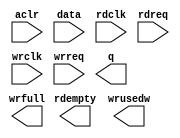
// megafunction wizard: %FIFO%VBB%
// GENERATION: STANDARD
// VERSION: WM1.0
// MODULE: dcfifo 

// ============================================================
// Megafunction Name(s):
// 			dcfifo
//
// Simulation Library Files(s):
// 			altera_mf
// ============================================================
// ************************************************************
// THIS IS A WIZARD-GENERATED FILE. DO NOT EDIT THIS FILE!
//
// 18.1.0 Build 625 09/12/2018 SJ Standard Edition
// ************************************************************

//Copyright (C) 2018  Intel Corporation. All rights reserved.
//Your use of Intel Corporation's design tools, logic functions 
//and other software and tools, and its AMPP partner logic 
//functions, and any output files from any of the foregoing 
//(including device programming or simulation files), and any 
//associated documentation or information are expressly subject 
//to the terms and conditions of the Intel Program License 
//Subscription Agreement, the Intel Quartus Prime License Agreement,
//the Intel FPGA IP License Agreement, or other applicable license
//agreement, including, without limitation, that your use is for
//the sole purpose of programming logic devices manufactured by
//Intel and sold by Intel or its authorized distributors.  Please
//refer to the applicable agreement for further details.

module rdfifo (
	aclr,
	data,
	rdclk,
	rdreq,
	wrclk,
	wrreq,
	q,
	rdempty,
	wrfull,
	wrusedw);

	input	  aclr;
	input	[15:0]  data;
	input	  rdclk;
	input	  rdreq;
	input	  wrclk;
	input	  wrreq;
	output	[15:0]  q;
	output	  rdempty;
	output	  wrfull;
	output	[11:0]  wrusedw;
`ifndef ALTERA_RESERVED_QIS
// synopsys translate_off
`endif
	tri0	  aclr;
`ifndef ALTERA_RESERVED_QIS
// synopsys translate_on
`endif

endmodule

// ============================================================
// CNX file retrieval info
// ============================================================
// Retrieval info: PRIVATE: AlmostEmpty NUMERIC "0"
// Retrieval info: PRIVATE: AlmostEmptyThr NUMERIC "-1"
// Retrieval info: PRIVATE: AlmostFull NUMERIC "0"
// Retrieval info: PRIVATE: AlmostFullThr NUMERIC "-1"
// Retrieval info: PRIVATE: CLOCKS_ARE_SYNCHRONIZED NUMERIC "0"
// Retrieval info: PRIVATE: Clock NUMERIC "4"
// Retrieval info: PRIVATE: Depth NUMERIC "4096"
// Retrieval info: PRIVATE: Empty NUMERIC "1"
// Retrieval info: PRIVATE: Full NUMERIC "1"
// Retrieval info: PRIVATE: INTENDED_DEVICE_FAMILY STRING "Cyclone IV E"
// Retrieval info: PRIVATE: LE_BasedFIFO NUMERIC "0"
// Retrieval info: PRIVATE: LegacyRREQ NUMERIC "0"
// Retrieval info: PRIVATE: MAX_DEPTH_BY_9 NUMERIC "0"
// Retrieval info: PRIVATE: OVERFLOW_CHECKING NUMERIC "0"
// Retrieval info: PRIVATE: Optimize NUMERIC "0"
// Retrieval info: PRIVATE: RAM_BLOCK_TYPE NUMERIC "0"
// Retrieval info: PRIVATE: SYNTH_WRAPPER_GEN_POSTFIX STRING "0"
// Retrieval info: PRIVATE: UNDERFLOW_CHECKING NUMERIC "0"
// Retrieval info: PRIVATE: UsedW NUMERIC "1"
// Retrieval info: PRIVATE: Width NUMERIC "16"
// Retrieval info: PRIVATE: dc_aclr NUMERIC "1"
// Retrieval info: PRIVATE: diff_widths NUMERIC "0"
// Retrieval info: PRIVATE: msb_usedw NUMERIC "0"
// Retrieval info: PRIVATE: output_width NUMERIC "16"
// Retrieval info: PRIVATE: rsEmpty NUMERIC "1"
// Retrieval info: PRIVATE: rsFull NUMERIC "0"
// Retrieval info: PRIVATE: rsUsedW NUMERIC "0"
// Retrieval info: PRIVATE: sc_aclr NUMERIC "1"
// Retrieval info: PRIVATE: sc_sclr NUMERIC "0"
// Retrieval info: PRIVATE: wsEmpty NUMERIC "0"
// Retrieval info: PRIVATE: wsFull NUMERIC "1"
// Retrieval info: PRIVATE: wsUsedW NUMERIC "1"
// Retrieval info: LIBRARY: altera_mf altera_mf.altera_mf_components.all
// Retrieval info: CONSTANT: INTENDED_DEVICE_FAMILY STRING "Cyclone IV E"
// Retrieval info: CONSTANT: LPM_NUMWORDS NUMERIC "4096"
// Retrieval info: CONSTANT: LPM_SHOWAHEAD STRING "ON"
// Retrieval info: CONSTANT: LPM_TYPE STRING "dcfifo"
// Retrieval info: CONSTANT: LPM_WIDTH NUMERIC "16"
// Retrieval info: CONSTANT: LPM_WIDTHU NUMERIC "12"
// Retrieval info: CONSTANT: OVERFLOW_CHECKING STRING "ON"
// Retrieval info: CONSTANT: RDSYNC_DELAYPIPE NUMERIC "4"
// Retrieval info: CONSTANT: READ_ACLR_SYNCH STRING "OFF"
// Retrieval info: CONSTANT: UNDERFLOW_CHECKING STRING "ON"
// Retrieval info: CONSTANT: USE_EAB STRING "ON"
// Retrieval info: CONSTANT: WRITE_ACLR_SYNCH STRING "OFF"
// Retrieval info: CONSTANT: WRSYNC_DELAYPIPE NUMERIC "4"
// Retrieval info: USED_PORT: aclr 0 0 0 0 INPUT GND "aclr"
// Retrieval info: USED_PORT: data 0 0 16 0 INPUT NODEFVAL "data[15..0]"
// Retrieval info: USED_PORT: q 0 0 16 0 OUTPUT NODEFVAL "q[15..0]"
// Retrieval info: USED_PORT: rdclk 0 0 0 0 INPUT NODEFVAL "rdclk"
// Retrieval info: USED_PORT: rdempty 0 0 0 0 OUTPUT NODEFVAL "rdempty"
// Retrieval info: USED_PORT: rdreq 0 0 0 0 INPUT NODEFVAL "rdreq"
// Retrieval info: USED_PORT: wrclk 0 0 0 0 INPUT NODEFVAL "wrclk"
// Retrieval info: USED_PORT: wrfull 0 0 0 0 OUTPUT NODEFVAL "wrfull"
// Retrieval info: USED_PORT: wrreq 0 0 0 0 INPUT NODEFVAL "wrreq"
// Retrieval info: USED_PORT: wrusedw 0 0 12 0 OUTPUT NODEFVAL "wrusedw[11..0]"
// Retrieval info: CONNECT: @aclr 0 0 0 0 aclr 0 0 0 0
// Retrieval info: CONNECT: @data 0 0 16 0 data 0 0 16 0
// Retrieval info: CONNECT: @rdclk 0 0 0 0 rdclk 0 0 0 0
// Retrieval info: CONNECT: @rdreq 0 0 0 0 rdreq 0 0 0 0
// Retrieval info: CONNECT: @wrclk 0 0 0 0 wrclk 0 0 0 0
// Retrieval info: CONNECT: @wrreq 0 0 0 0 wrreq 0 0 0 0
// Retrieval info: CONNECT: q 0 0 16 0 @q 0 0 16 0
// Retrieval info: CONNECT: rdempty 0 0 0 0 @rdempty 0 0 0 0
// Retrieval info: CONNECT: wrfull 0 0 0 0 @wrfull 0 0 0 0
// Retrieval info: CONNECT: wrusedw 0 0 12 0 @wrusedw 0 0 12 0
// Retrieval info: GEN_FILE: TYPE_NORMAL rdfifo.v TRUE
// Retrieval info: GEN_FILE: TYPE_NORMAL rdfifo.inc FALSE
// Retrieval info: GEN_FILE: TYPE_NORMAL rdfifo.cmp FALSE
// Retrieval info: GEN_FILE: TYPE_NORMAL rdfifo.bsf FALSE
// Retrieval info: GEN_FILE: TYPE_NORMAL rdfifo_inst.v TRUE
// Retrieval info: GEN_FILE: TYPE_NORMAL rdfifo_bb.v TRUE
// Retrieval info: LIB_FILE: altera_mf